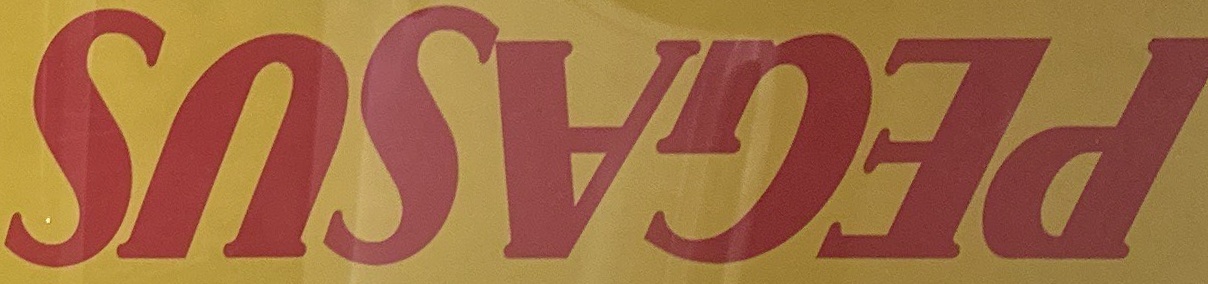
PEGASUS